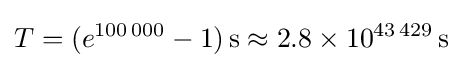
T=(e^{100\,000}-1)\,\mathrm {s} \,\!\approx 2.8\times 10^{43\,429}\,\mathrm {s}